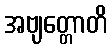
အဗျတ္တောတိ